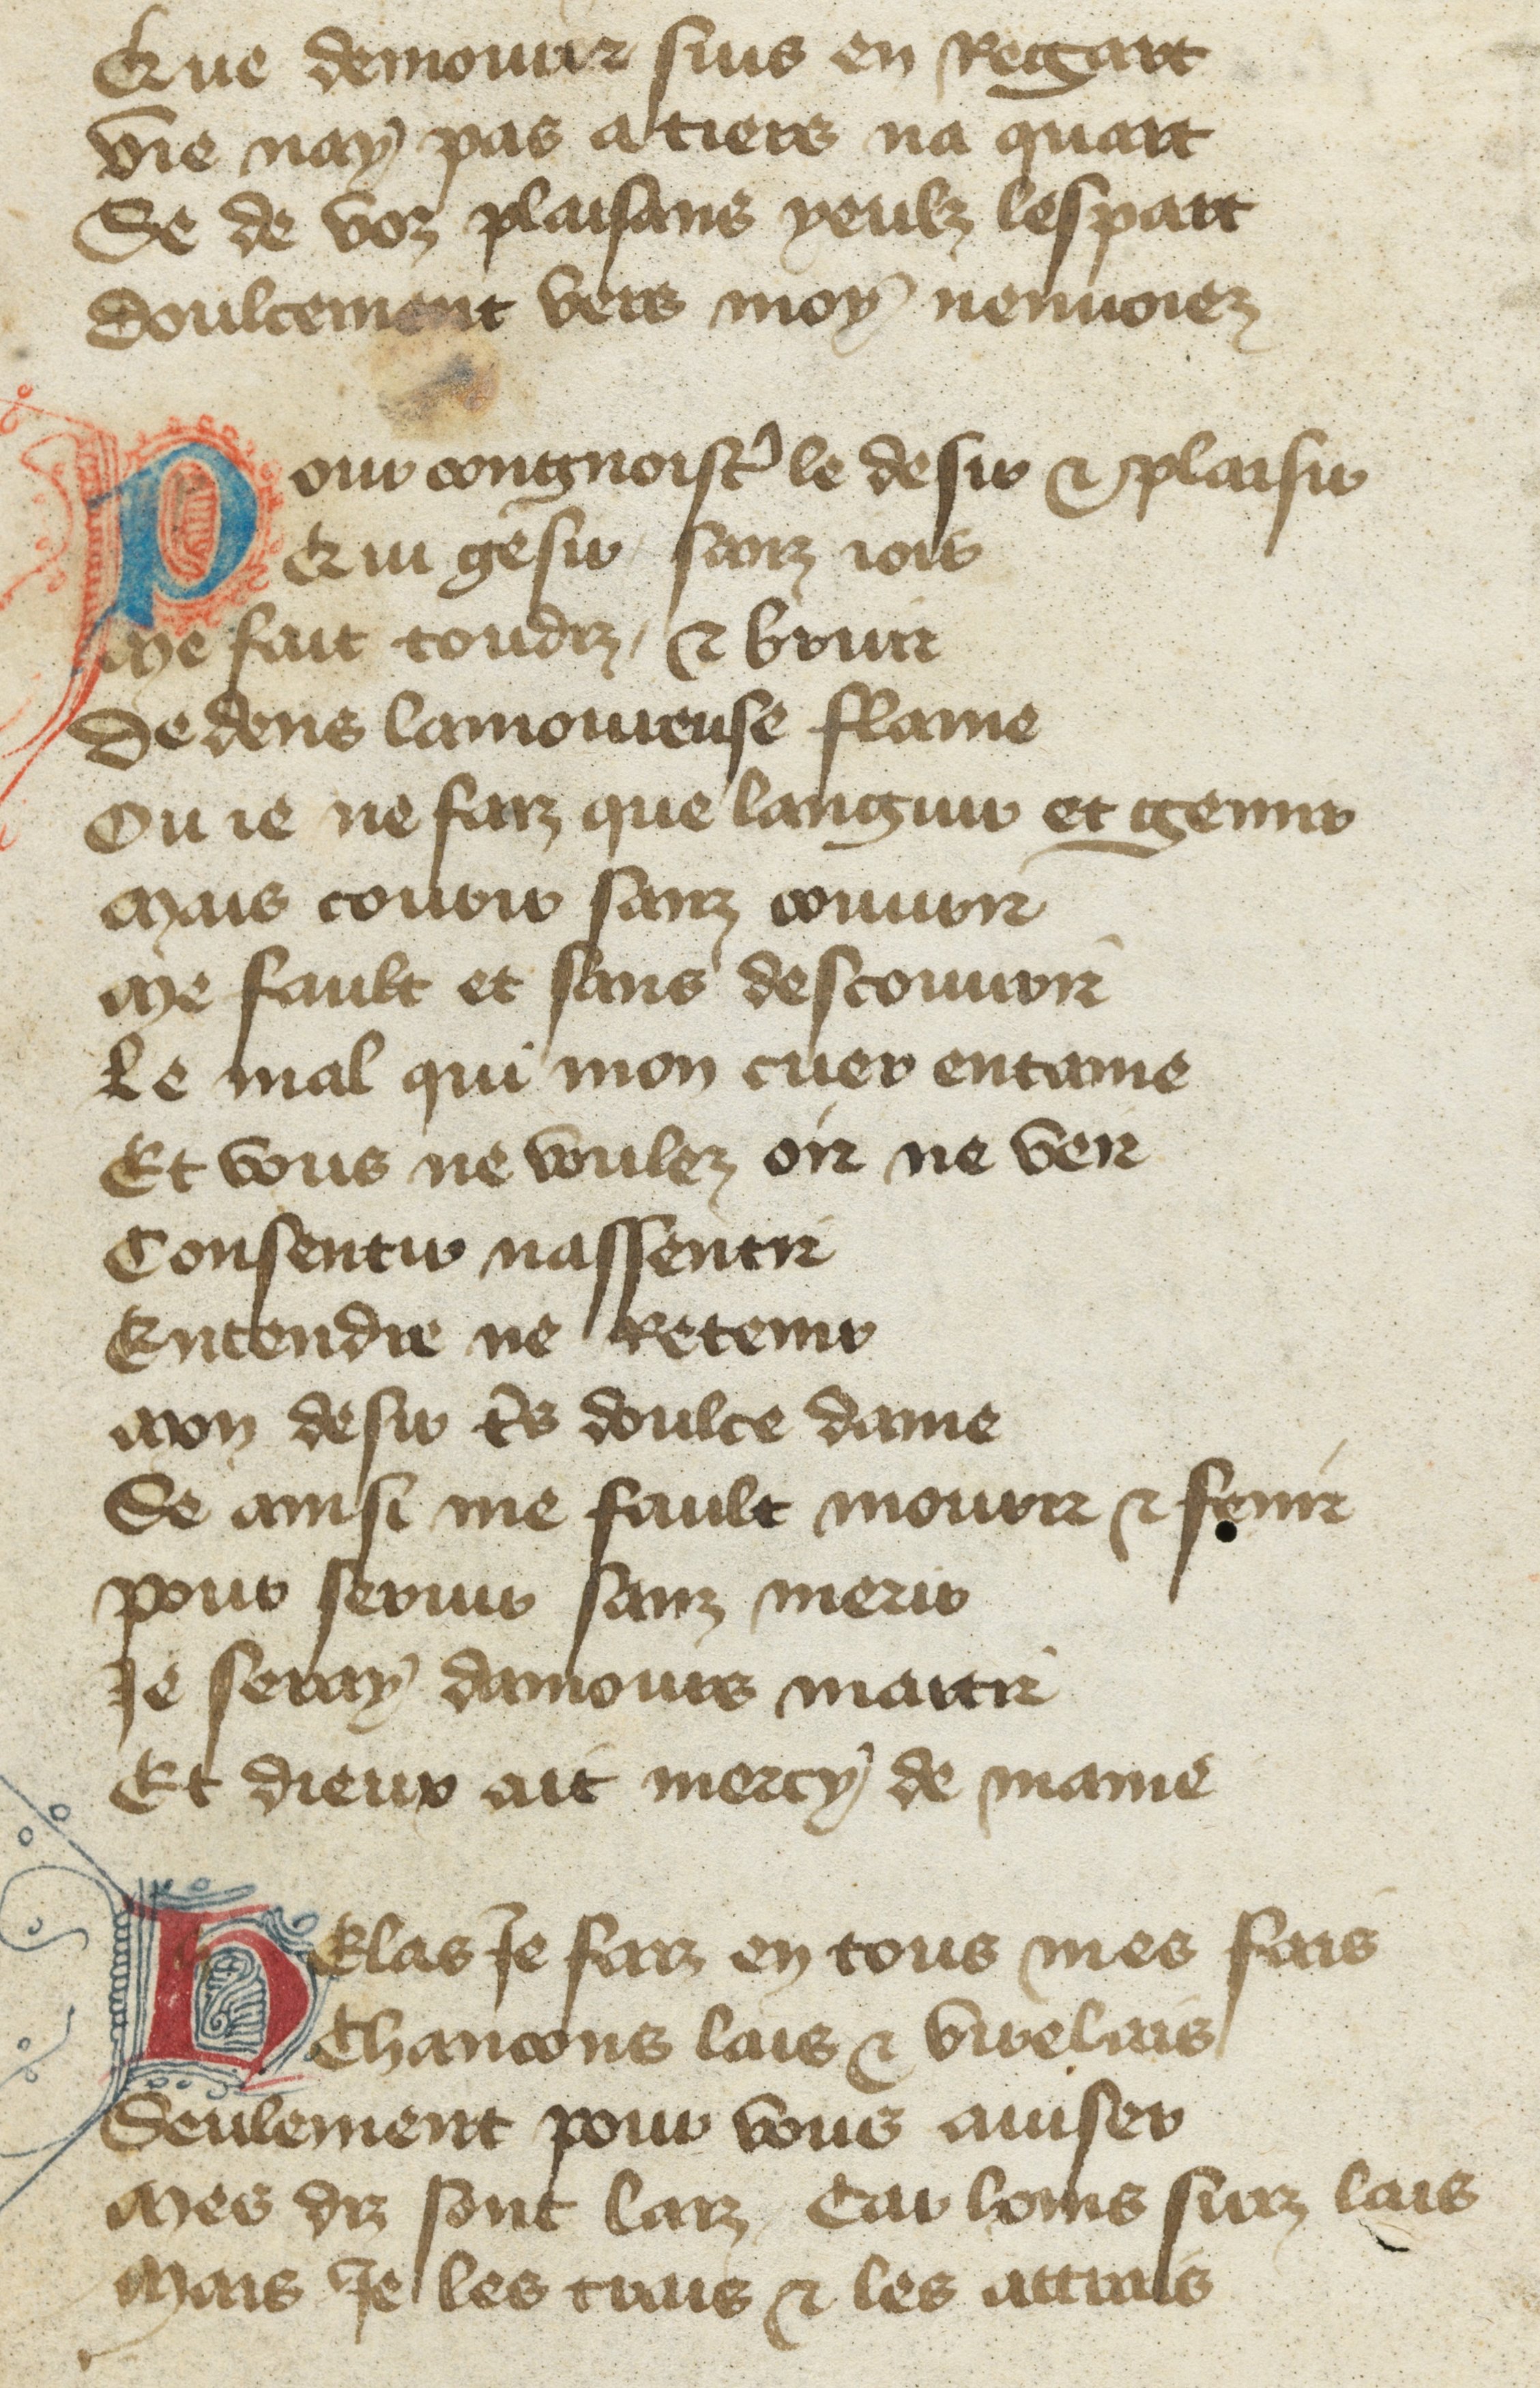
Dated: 1400–1432